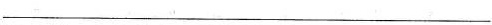
___